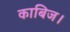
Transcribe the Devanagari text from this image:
काबिज।